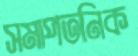
সমাপতনিক